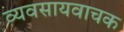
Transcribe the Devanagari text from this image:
व्यवसायवाचक